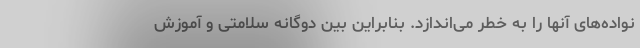
نواده‌های آنها را به خطر می‌اندازد. بنابراین بین دوگانه سلامتی و آموزش